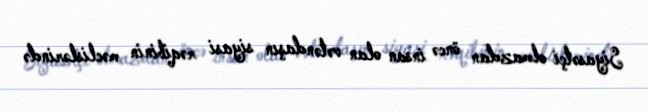
Siyasətçi olmazdan öncə insan olan vətəndaşın siyasi rəqibinin məclislərində